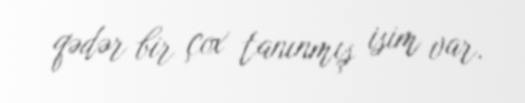
qədər bir çox tanınmış isim var.